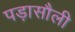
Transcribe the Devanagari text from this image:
पड़ासौली